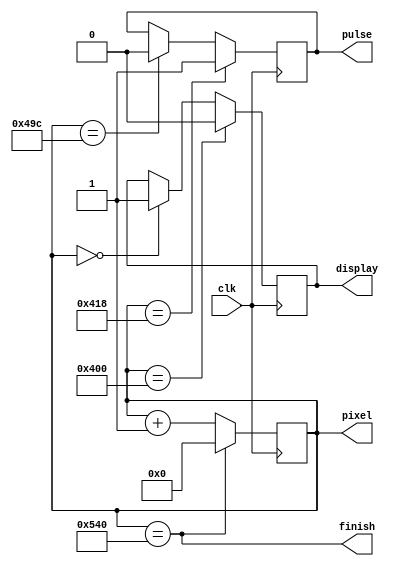
 module H_sync (
    input  clk,         // clk = 40 MHz
    output reg pulse,display, 
    output finish,
    output reg[10:0]  pixel   
);
 // just put the timing http://tinyvga.com/vga-timing

initial begin
    pixel = 11'b0;
    pulse = 0;
    display = 0;
end

// 1024+24  
//assign pulse   =  (pixel > (1024+24) && pixel < (1340-160)); // that's the pulse the monitor is looking for 

always @(posedge clk) begin
    if (pixel == 1344)
        pixel <= 11'b0;
    else 
        pixel <= pixel + 11'b1;  

    if (pixel == 1024+24)
        pulse <= 1'b1;
    else if (pixel == 1340-160)
        pulse <= 1'b0;

	if (pixel == 1024)
        display <= 1'b0;
    else if (pixel == 0)
        display <= 1'b1;	  
end

assign finish  =  (pixel == 1344);


endmodule //H_sync